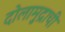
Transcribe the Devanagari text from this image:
दोलामुद्राची